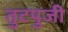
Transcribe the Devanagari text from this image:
तुटपुजी